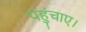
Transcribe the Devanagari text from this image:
पहुंचाए।